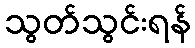
သွတ်သွင်းရန်